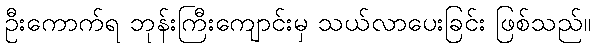
ဦးကောက်ရ ဘုန်းကြီးကျောင်းမှ သယ်လာပေးခြင်း ဖြစ်သည်။